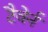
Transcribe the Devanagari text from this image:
टैवेर्न